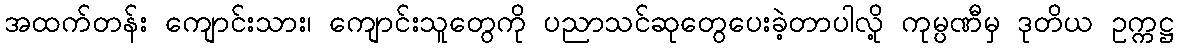
အထက်တန်း ကျောင်းသား၊ ကျောင်းသူတွေကို ပညာသင်ဆုတွေပေးခဲ့တာပါလို့ ကုမ္ပဏီမှ ဒုတိယ ဥက္ကဋ္ဌ